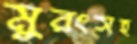
মুরংসহ